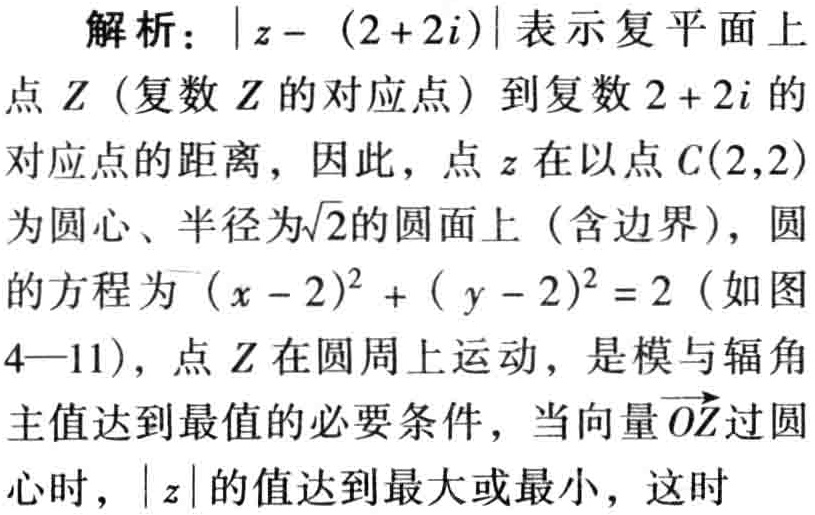
解析：\(\vert z - (2 + 2i)\vert\)表示复平面上
点\(Z\)（复数\(Z\)的对应点）到复数\(2 + 2i\)的
对应点的距离，因此，点\(z\)在以点\(C(2,2)\)
为圆心、半径为\(\sqrt{2}\)的圆面上（含边界），圆
的方程为\((x - 2)^2 + ( y - 2)^2 = 2\)（如图
4—11），点\(Z\)在圆周上运动，是模与辐角
主值达到最值的必要条件，当向量\(\overrightarrow{OZ}\)过圆
心时，\(\vert z\vert\)的值达到最大或最小，这时